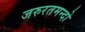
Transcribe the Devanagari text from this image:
जरुरतमन्दो